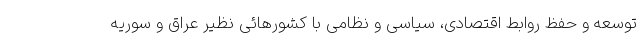
توسعه و حفظ روابط اقتصادی، سیاسی و نظامی با کشورهائی نظیر عراق و سوریه